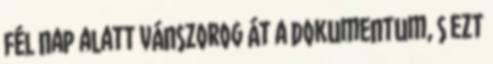
fél nap alatt vánszorog át a dokumentum, s ezt